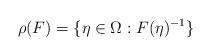
LaTeX: \begin{align*}\rho(F) = \{\eta \in \Omega: F(\eta)^{-1} \}\end{align*}